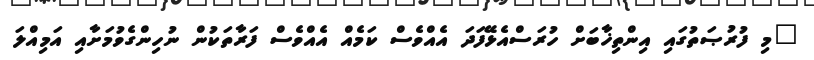
"މި ފުރުޞަތުގައި އިންތިޚާބަށް ހުރަސްއެޅޭފަދަ އެއްވެސް ކަމެއް އެއްވެސް ފަރާތަކުން ނުހިންގެވުމަށާއި އަމިއްލަ